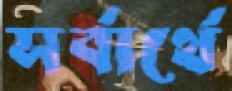
সর্বার্থে